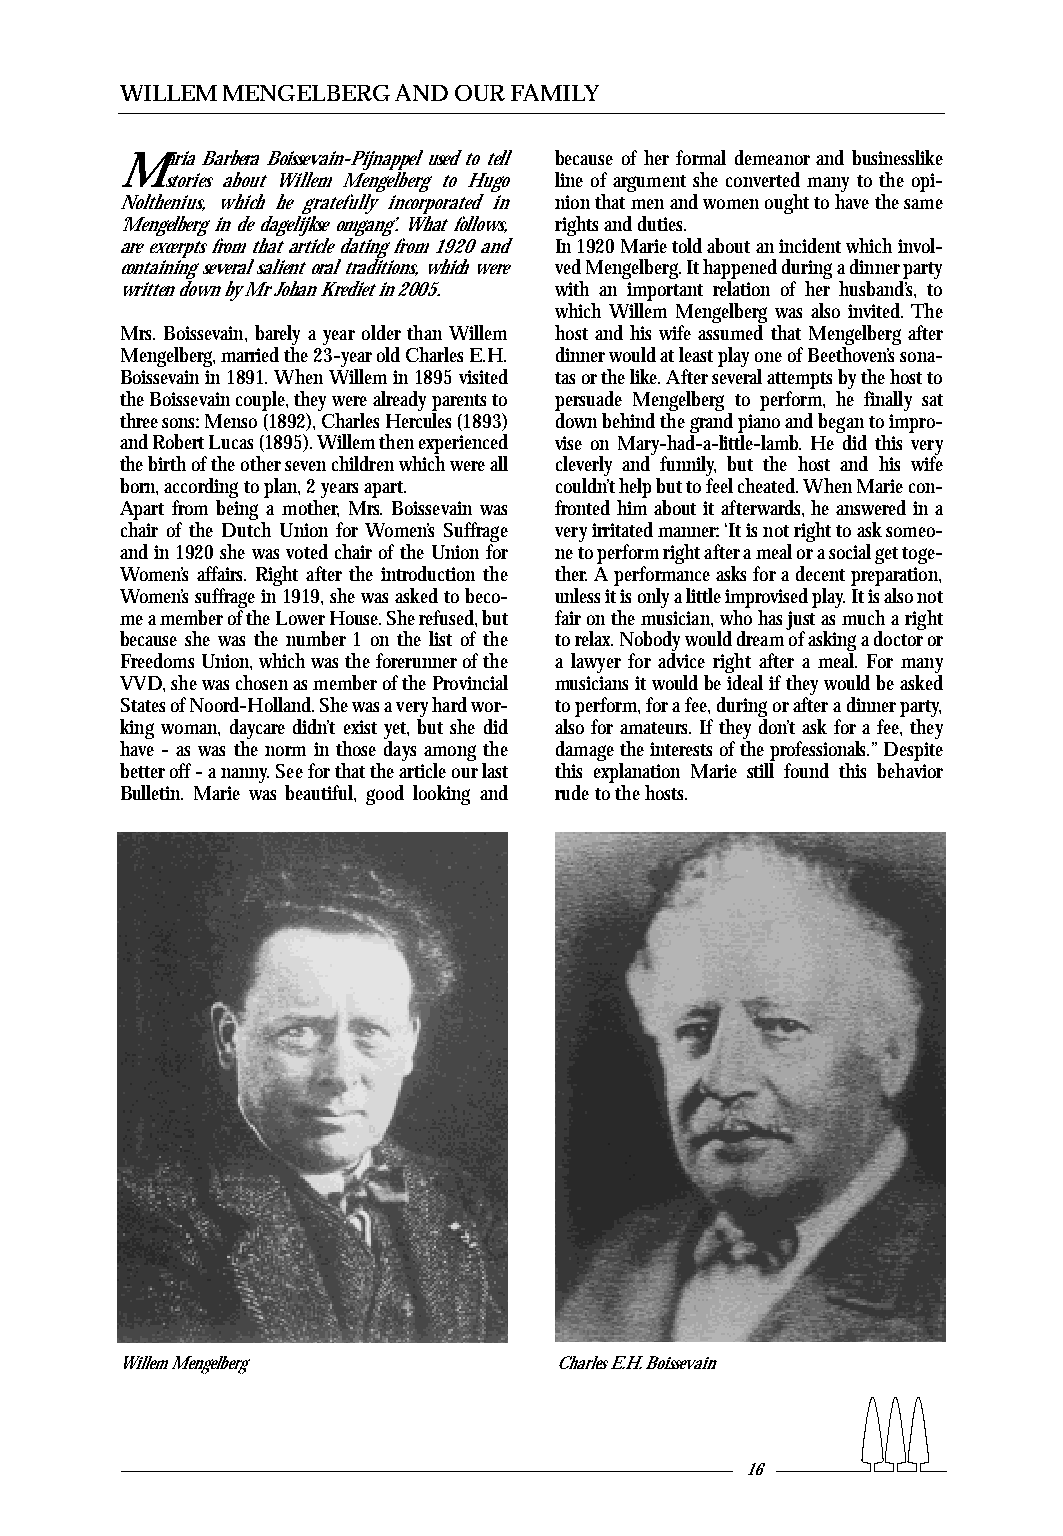
WILLEM MENGELBERG AND OUR FAMILY
 Maria Barbera Boissevain-Pijnappel used to tell because of her formal demeanor and businesslike
 stories about Willem Mengelberg to Hugo line of argument she converted many to the opi-
 Nolthenius, which he gratefully incorporated in nion that men and women ought to have the same
 ‘Mengelberg in de dagelijkse omgang’. What follows, rights and duties.
 are excerpts from that article dating from 1920 and In 1920 Marie told about an incident which invol-
 containing several salient oral traditions,which were ved Mengelberg.It happened during a dinner party
 written down by Mr Johan Krediet in 2005. with an important relation of her husband’s, to
 which Willem Mengelberg was also invited.The
 Mrs. Boissevain, barely a year older than Willem host and his wife assumed that Mengelberg after
 Mengelberg,married the 23-year old Charles E.H. dinner would at least play one of Beethoven’s sona-
 Boissevain in 1891.When Willem in 1895 visited tas or the like.After several attempts by the host to
 the Boissevain couple,they were already parents to persuade Mengelberg to perform, he finally sat
 three sons:Menso (1892),Charles Hercules (1893) down behind the grand piano and began to impro-
 and Robert Lucas (1895).Willem then experienced vise on Mary-had-a-little-lamb. He did this very
 the birth of the other seven children which were all cleverly and funnily, but the host and his wife
 born,according to plan,2 years apart. couldn’t help but to feel cheated.When Marie con-
 Apart from being a mother, Mrs. Boissevain was fronted him about it afterwards,he answered in a
 chair of the Dutch Union for Women’s Suffrage very irritated manner:‘It is not right to ask someo-
 and in 1920 she was voted chair of the Union for ne to perform right after a meal or a social get toge-
 Women’s affairs. Right after the introduction the ther.A performance asks for a decent preparation,
 Women’s suffrage in 1919,she was asked to beco- unless it is only a little improvised play.It is also not
 me a member of the Lower House.She refused,but fair on the musician,who has just as much a right
 because she was the number 1 on the list of the to relax.Nobody would dream of asking a doctor or
 Freedoms Union,which was the forerunner of the a lawyer for advice right after a meal. For many
 VVD,she was chosen as member of the Provincial musicians it would be ideal if they would be asked
 States of Noord-Holland.She was a very hard wor- to perform,for a fee,during or after a dinner party,
 king woman, daycare didn’t exist yet, but she did also for amateurs.If they don’t ask for a fee,they
 have - as was the norm in those days among the damage the interests of the professionals.”Despite
 better off - a nanny.See for that the article our last this explanation Marie still found this behavior
 Bulletin. Marie was beautiful, good looking and rude to the hosts.
 Willem Mengelberg            Charles E.H.Boissevain
 16